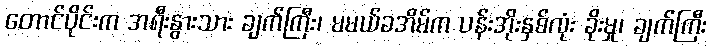
တောင်ပိုင်းက အရီးနွားသား ချက်ကြီး၊ မမယ်ခအိမ်က ပန်းအိုးနှစ်လုံး ခိုးမှု၊ ချက်ကြီး